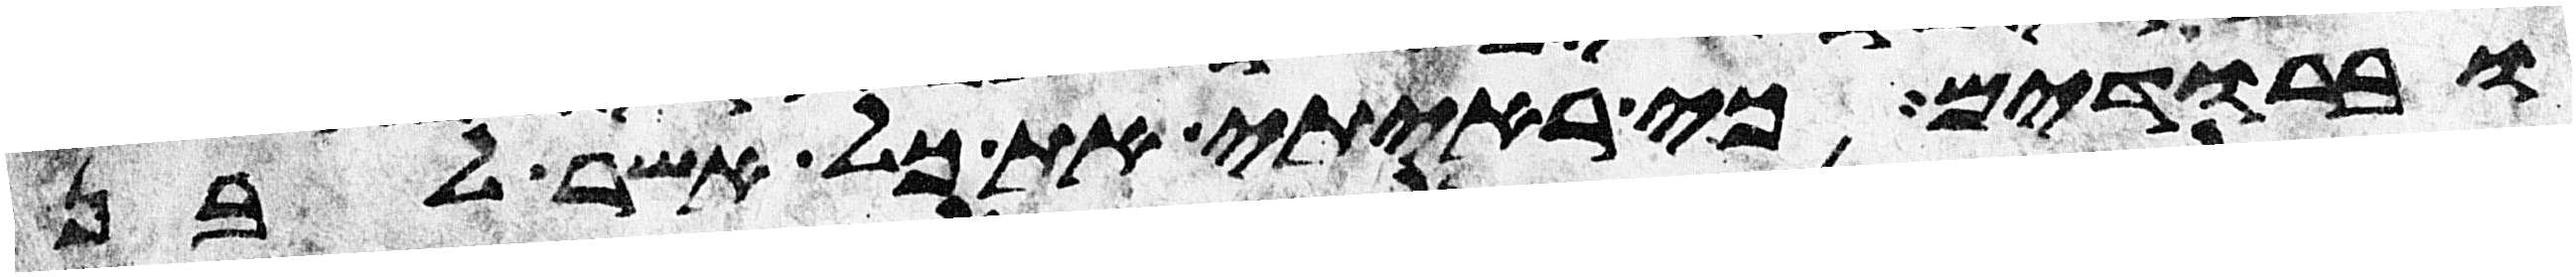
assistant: וברודים כי ראיתי את כל אשר לבן